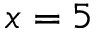
x = 5